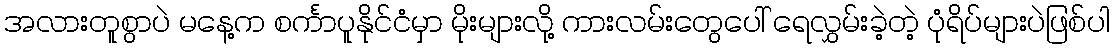
အလားတူစွာပဲ မနေ့က စင်္ကာပူနိုင်ငံမှာ မိုးများလို့ ကားလမ်းတွေပေါ် ရေလွှမ်းခဲ့တဲ့ ပုံရိပ်များပဲဖြစ်ပါ